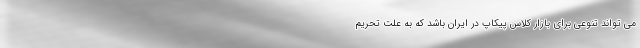
می تواند تنوعی برای بازار کلاس پیکاپ در ایران باشد که به علت تحریم